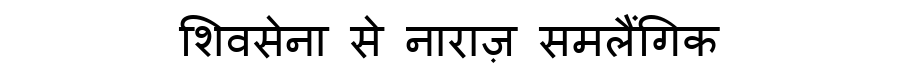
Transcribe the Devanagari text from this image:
शिवसेना से नाराज़ समलैंगिक